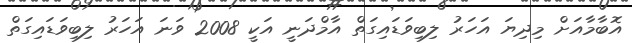
އޮބާމާއަށް މިދިޔަ އަހަރު ލިބިވަޑައިގަތް އާމްދަނީ އަކީ 2008 ވަނަ އަހަރު ލިބިވަޑައިގަތް